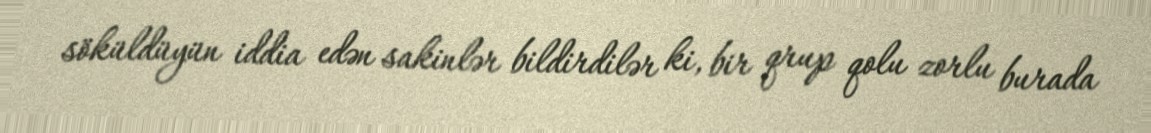
söküldüyün iddia edən sakinlər bildirdilər ki, bir qrup qolu zorlu burada